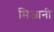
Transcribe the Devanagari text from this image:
मिआनी